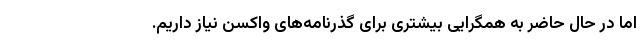
اما در حال حاضر به همگرایی بیشتری برای گذرنامه‌های واکسن نیاز داریم.